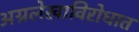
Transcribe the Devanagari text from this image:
अग्रलेखाविरोधात